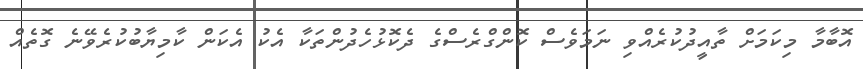
އޮބާމާ މިކަމަށް ތާއީދުކުރެއްވި ނަމަވެސް ކޮންގްރެސްގެ ދެކޮޅުހެދުންތަކާ އެކު އެކަން ކާމިޔާބުކުރެވޭނެ ގޮތެއް